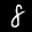
Digit: 8